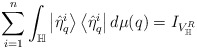
\begin{align*}\sum_{i=1}^{n}\int_{\mathbb{H}}\left|\hat{\eta}_{q}^{i}\right\rangle\left\langle \hat{\eta}_{q}^{i}\right|d\mu(q)=I_{V_\mathbb{H}^R} \end{align*}